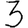
Digit: 3